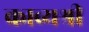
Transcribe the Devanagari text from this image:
काव्यश्री